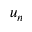
u _ { n }